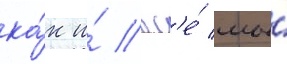
ка́к и́ вс'е́ мы́